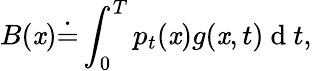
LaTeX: B(\mathit{x})\dot{{=}}\int_{0}^{T}p_{t}(\mathit{x})g(\mathit{x},t)\mathrm{{~d~}}t,